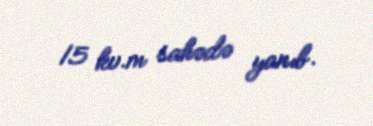
15 kv.m sahədə yanıb.